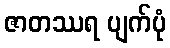
ဇာတဿရ ပျက်ပုံ